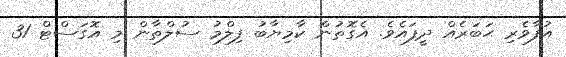
އުފާވެރި ޙަބަރެއް ދީފައެވެ. އެގޮތުން ކާމިޔާބު ފިލްމު ސުލްތާން މި އޮގަސްޓް 31